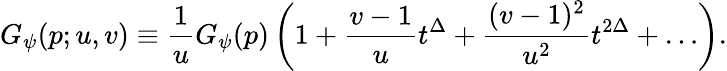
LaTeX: G_{\psi}(p;u,v)\equiv\frac{1}{u}G_{\psi}(p)\left(1+\frac{v-1}{u}t^{\Delta}+\frac{(v-1)^{2}}{u^{2}}t^{2\Delta}+\ldots\right).